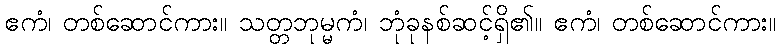
ဧကံ၊ တစ်ဆောင်ကား။ သတ္တဘုမ္မကံ၊ ဘုံခုနစ်ဆင့်ရှိ၏။ ဧကံ၊ တစ်ဆောင်ကား။